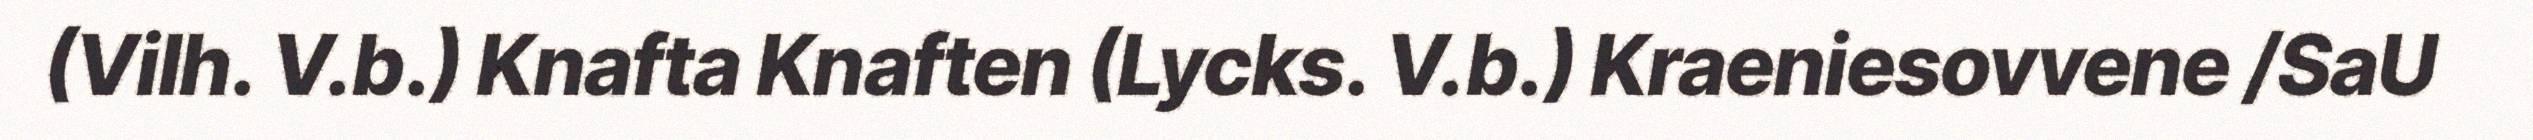
(Vilh. V.b.) Knafta Knaften (Lycks. V.b.) Kraeniesovvene /SaU